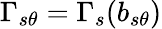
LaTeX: \Gamma_{s\theta}=\Gamma_{s}(b_{s\theta})